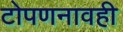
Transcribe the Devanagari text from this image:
टोपणनावही